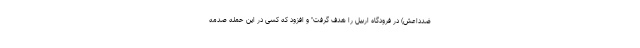
ضدداعش) در فرودگاه اربیل را هدف گرفت" و افزود که کسی در این حمله صدمه